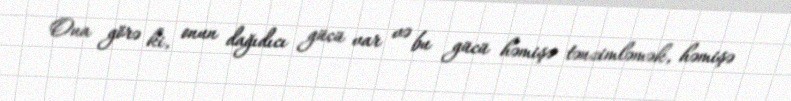
Ona görə ki, onun dağıdıcı gücü var və bu gücü həmişə tənzimləmək, həmişə